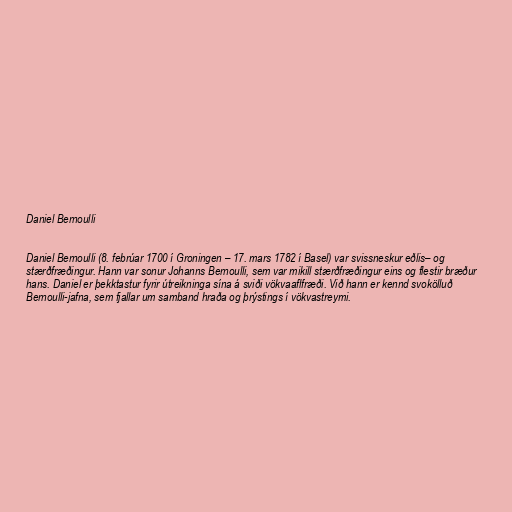
Daniel Bernoulli

Daniel Bernoulli (8. febrúar 1700 í Groningen – 17. mars 1782 í Basel) var svissneskur eðlis– og
stærðfræðingur. Hann var sonur Johanns Bernoulli, sem var mikill stærðfræðingur eins og flestir bræður
hans. Daniel er þekktastur fyrir útreikninga sína á sviði vökvaaflfræði. Við hann er kennd svokölluð
Bernoulli-jafna, sem fjallar um samband hraða og þrýstings í vökvastreymi.